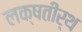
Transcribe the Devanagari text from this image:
लक्षतीर्थ